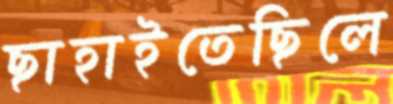
ছাহাইতেছিলে